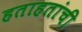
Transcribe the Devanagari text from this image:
हताहतांची